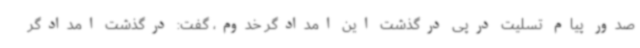
صدور پیام تسلیت درپی درگذشت این امدادگر خدوم، گفت: درگذشت امدادگر